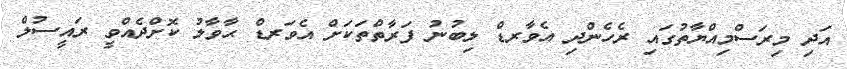
އަދި މިރަސްމިއްޔާތުގައި ރެހެންދި އެވާރޑް ލިބުނު ފަރާތްތަކަށް އެވަރޑް ޙާވާލު ކޮށްދެއްވީ ރައީސުލް